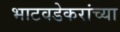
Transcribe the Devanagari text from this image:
भाटवडेकरांच्या